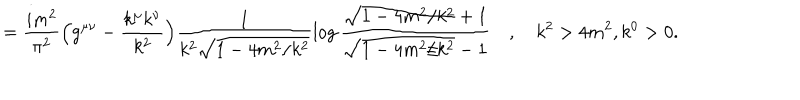
LaTeX: = \frac { i m ^ { 2 } } { \pi ^ { 2 } } \Bigl ( g ^ { \mu \nu } - \frac { k ^ { \mu } k ^ { \nu } } { k ^ { 2 } } \Bigr ) \frac { 1 } { k ^ { 2 } \sqrt { 1 - 4 m ^ { 2 } / k ^ { 2 } } } \log \frac { \sqrt { 1 - 4 m ^ { 2 } / k ^ { 2 } } + 1 } { \sqrt { 1 - 4 m ^ { 2 } / k ^ { 2 } } - 1 } \quad , \quad k ^ { 2 } > 4 m ^ { 2 } , k ^ { 0 } > 0 .